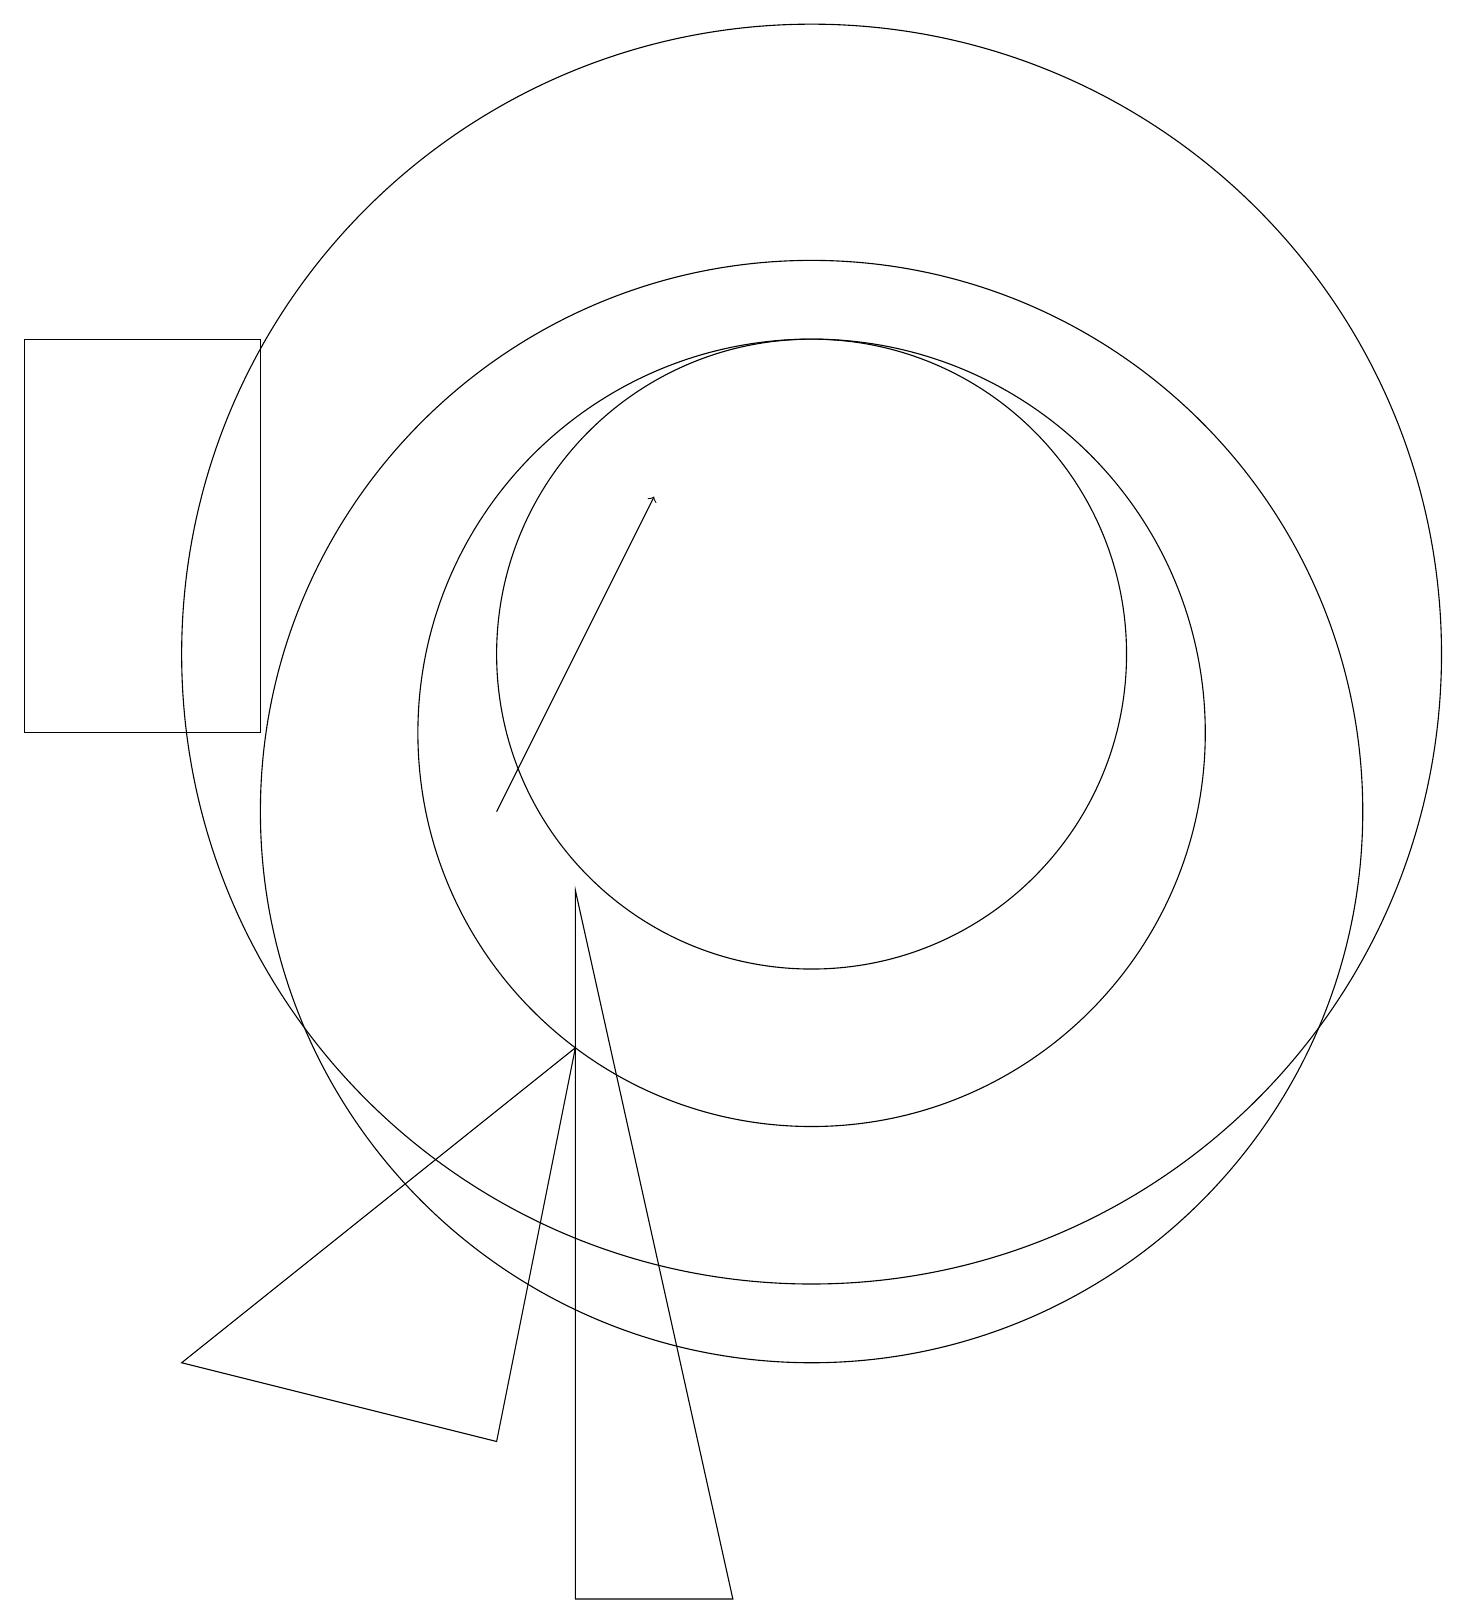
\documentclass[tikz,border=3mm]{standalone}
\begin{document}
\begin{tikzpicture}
\draw[->] (6,10) -- (8,14);
\draw (3,11) rectangle (0,16);
\draw (10,11) circle (5);
\draw (10,12) circle (8);
\draw (10,12) circle (4);
\draw (6,2) -- (7,7) -- (2,3) -- cycle;
\draw (7,0) -- (7,9) -- (9,0) -- cycle;
\draw (10,10) circle (7);
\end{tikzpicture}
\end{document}